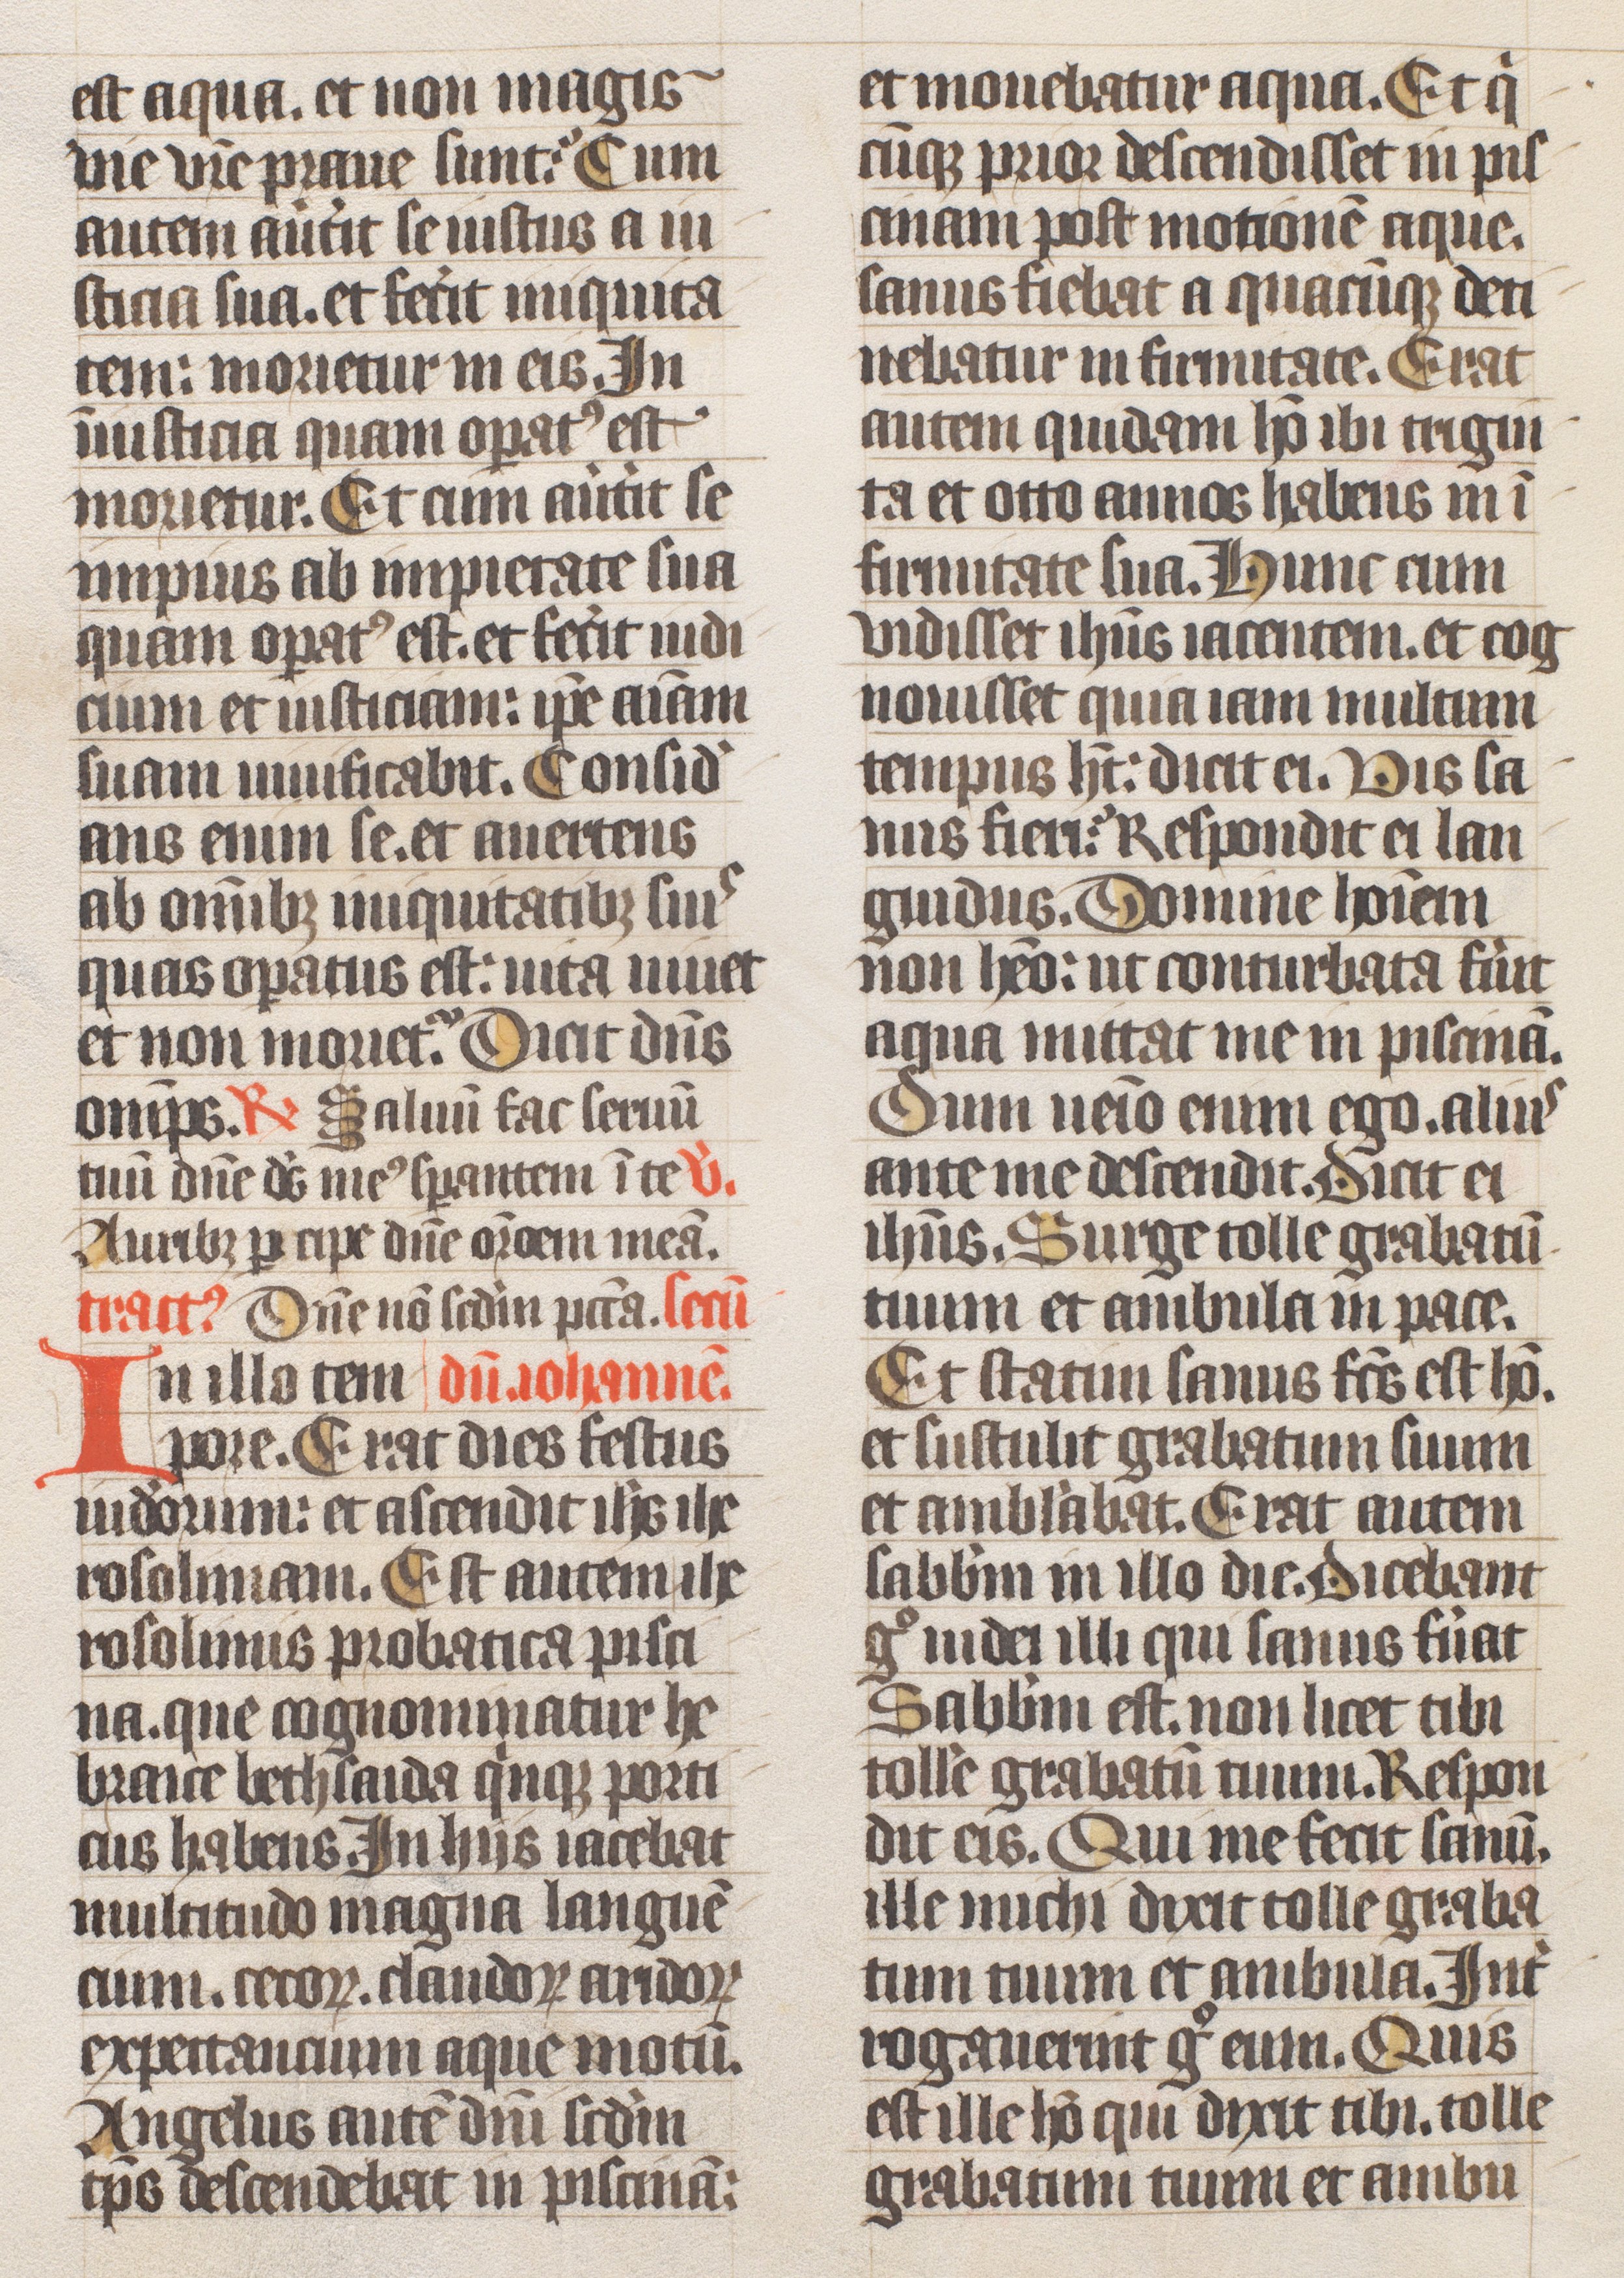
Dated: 1400–1499